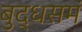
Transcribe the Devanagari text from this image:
बुद्धसमं